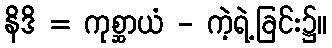
နိဒိ = ကုစ္ဆာယံ - ကဲ့ရဲ့ခြင်း၌။